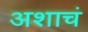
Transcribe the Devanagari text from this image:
अशाचं